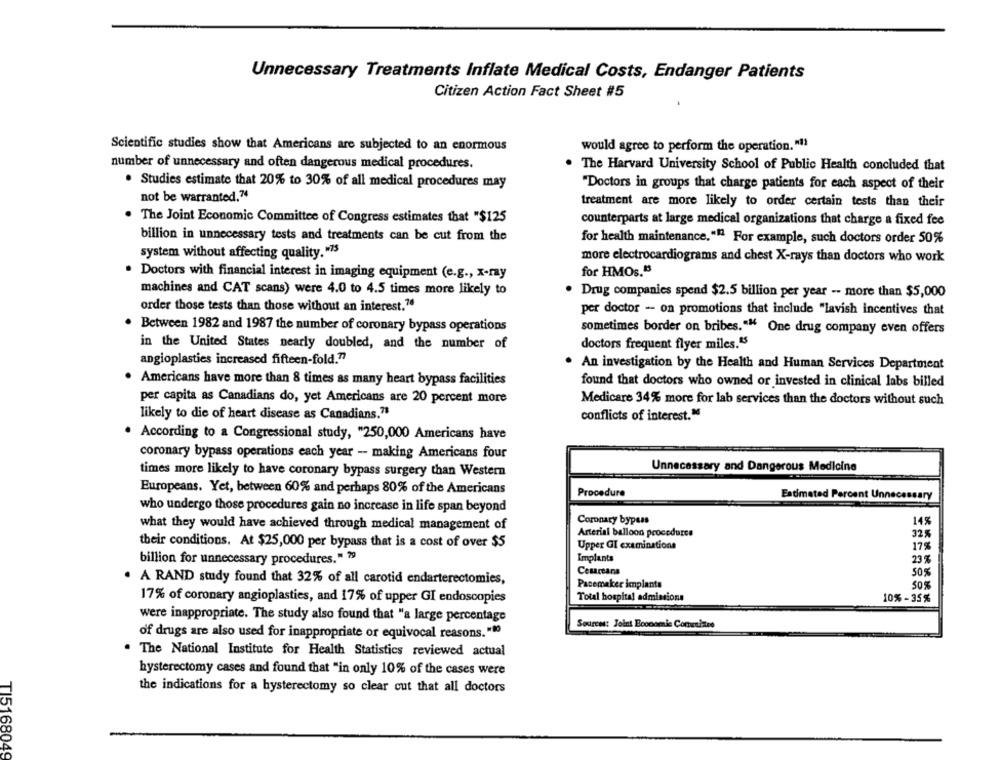
Unnecessary Treatments Inflate Medical Costs, Endanger Patients
Citizen Action Fact Sheet #5
Scientific studies show that Americans are subjected to an enormous
would agree to perform the operation."11
number of unnecessary and often dangerous medical procedures.
The Harvard University School of Public Health concluded that
. Studies estimate that 20% to 30% of all medical procedures may
"Doctors in groups that charge patients for each aspect of their
not be warranted.74
treatment are more likely to order certain tests than their
The Joint Economic Committee of Congress estimates that "$125
counterparts at large medical organizations that charge a fixed fee
billion in unnecessary tests and treatments can be cut from the
for health maintenance,"" For example, such doctors order 50%
system without affecting quality."75
more electrocardiograms and chest X-rays than doctors who work
for HMOs."
Doctors with financial interest in imaging equipment (e.g ., x-ray
machines and CAT scans) were 4.0 to 4.5 times more likely to
. Drug companies spend $2.5 billion per year -- more than $5,000
order those tests than those without an interest.74
per doctor - on promotions that include "lavish incentives that
Between 1982 and 1987 the number of coronary bypass operations
sometimes border on bribes."" One drug company even offers
in the United States nearly doubled, and the number of
doctors frequent flyer miles.ª5
angioplasties increased fifteen-fold.77
An investigation by the Health and Human Services Department
. Americans have more than 8 times as many heart bypass facilities
found that doctors who owned or invested in clinical labs billed
per capita as Canadians do, yet Americans are 20 percent more
Medicare 34% more for lab services than the doctors without such
likely to die of heart disease as Canadians.73
conflicts of interest."
. According to a Congressional study, "250,000 Americans have
coronary bypass operations each year - making Americans four
Unnecessary and Dangerous Medicine
times more likely to have coronary bypass surgery than Western
Europeans. Yet, between 60% and perhaps 80% of the Americans
Procedure
Estimated Percent Unnecessary
who undergo those procedures gain no increase in life span beyond
Coronary bypass
148
what they would have achieved through medical management of
Arterial balloon procedures
325
their conditions. At $25,000 per bypass that is a cost of over $5
Upper GI examinations
17%
billion for unnecessary procedures," 29
Implants
23 %
Cesareans
50%
. A RAND study found that 32% of all carotid endarterectomies,
Pacemaker implants
50%
17% of coronary angioplasties, and 17% of upper GI endoscopies
Total hospital admissions
10%-35%
were inappropriate. The study also found that "a large percentage
Sources: Joint Economie Conusines
of drugs are also used for inappropriate or equivocal reasons."10
The National Institute for Health Statistics reviewed actual
hysterectomy cases and found that "in only 10% of the cases were
the indications for a hysterectomy so clear cut that all doctors
TI5168049